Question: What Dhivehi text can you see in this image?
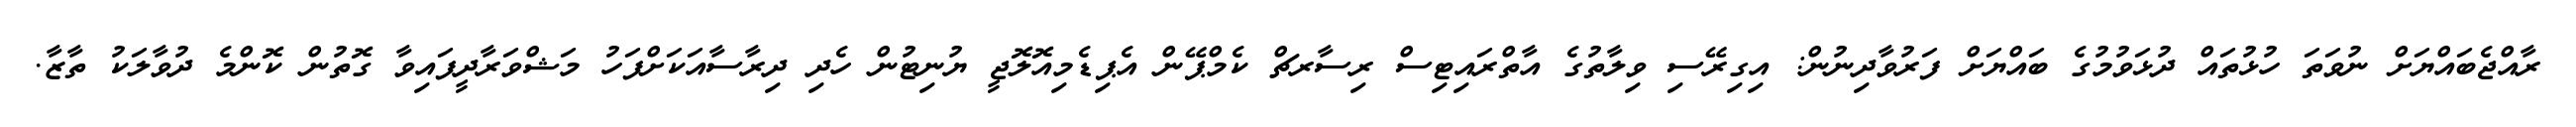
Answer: ރާއްޖެބައްޔަށް ނުވަތަ ހުޅުތައް ދުޅަވުމުގެ ބައްޔަށް ފަރުވާދިނުން: އިގިރޭސި ވިލާތުގެ އާތްރައިޓިސް ރިސާރޗް ކެމްޕޭން އެޕިޑެމިއޮލޮޖީ ޔުނިޓުން ހެދި ދިރާސާއަކަށްފަހު މަޝްވަރާދީފައިވާ ގޮތުން ކޮންމެ ދުވާލަކު ތާޒާ.